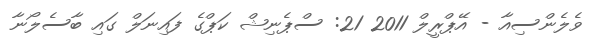
ވެލެންސިއާ - އޭޕްރީލް 2011 21: ސްޕެނިޝް ކަޕްގެ ފައިނަލް ގައި ބާސެލޯނާ